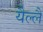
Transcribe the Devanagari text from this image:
यैल्लै